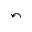
\curvearrowleft